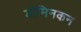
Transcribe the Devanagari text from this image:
डोमिनकन